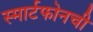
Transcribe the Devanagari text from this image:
स्मार्टफोनची